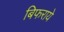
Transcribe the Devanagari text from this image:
बिफराये